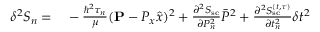
\begin{array} { r l } { \delta ^ { 2 } S _ { n } = } & { { } - \frac { \hbar ^ { 2 } \tau _ { n } } { \mu } ( { \bf P } - P _ { x } \hat { x } ) ^ { 2 } + \frac { \partial ^ { 2 } S _ { \mathrm { s c } } } { \partial P _ { n } ^ { 2 } } \bar { P } ^ { 2 } + \frac { \partial ^ { 2 } S _ { \mathrm { s c } } ^ { ( t , \tau ) } } { \partial t _ { n } ^ { 2 } } \delta t ^ { 2 } } \end{array}